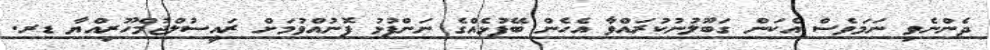
ދެންނެވި ނަމަވެސް އެކަން ގަބޫލުނުކުރައްވާ އެހެން ބޭފުޅެއްގެ ނަންފުޅު ފޮނުއްވުމަށް ރައީސުލްޖުމްހޫރިއްޔާ ޑރ.